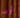
أريد